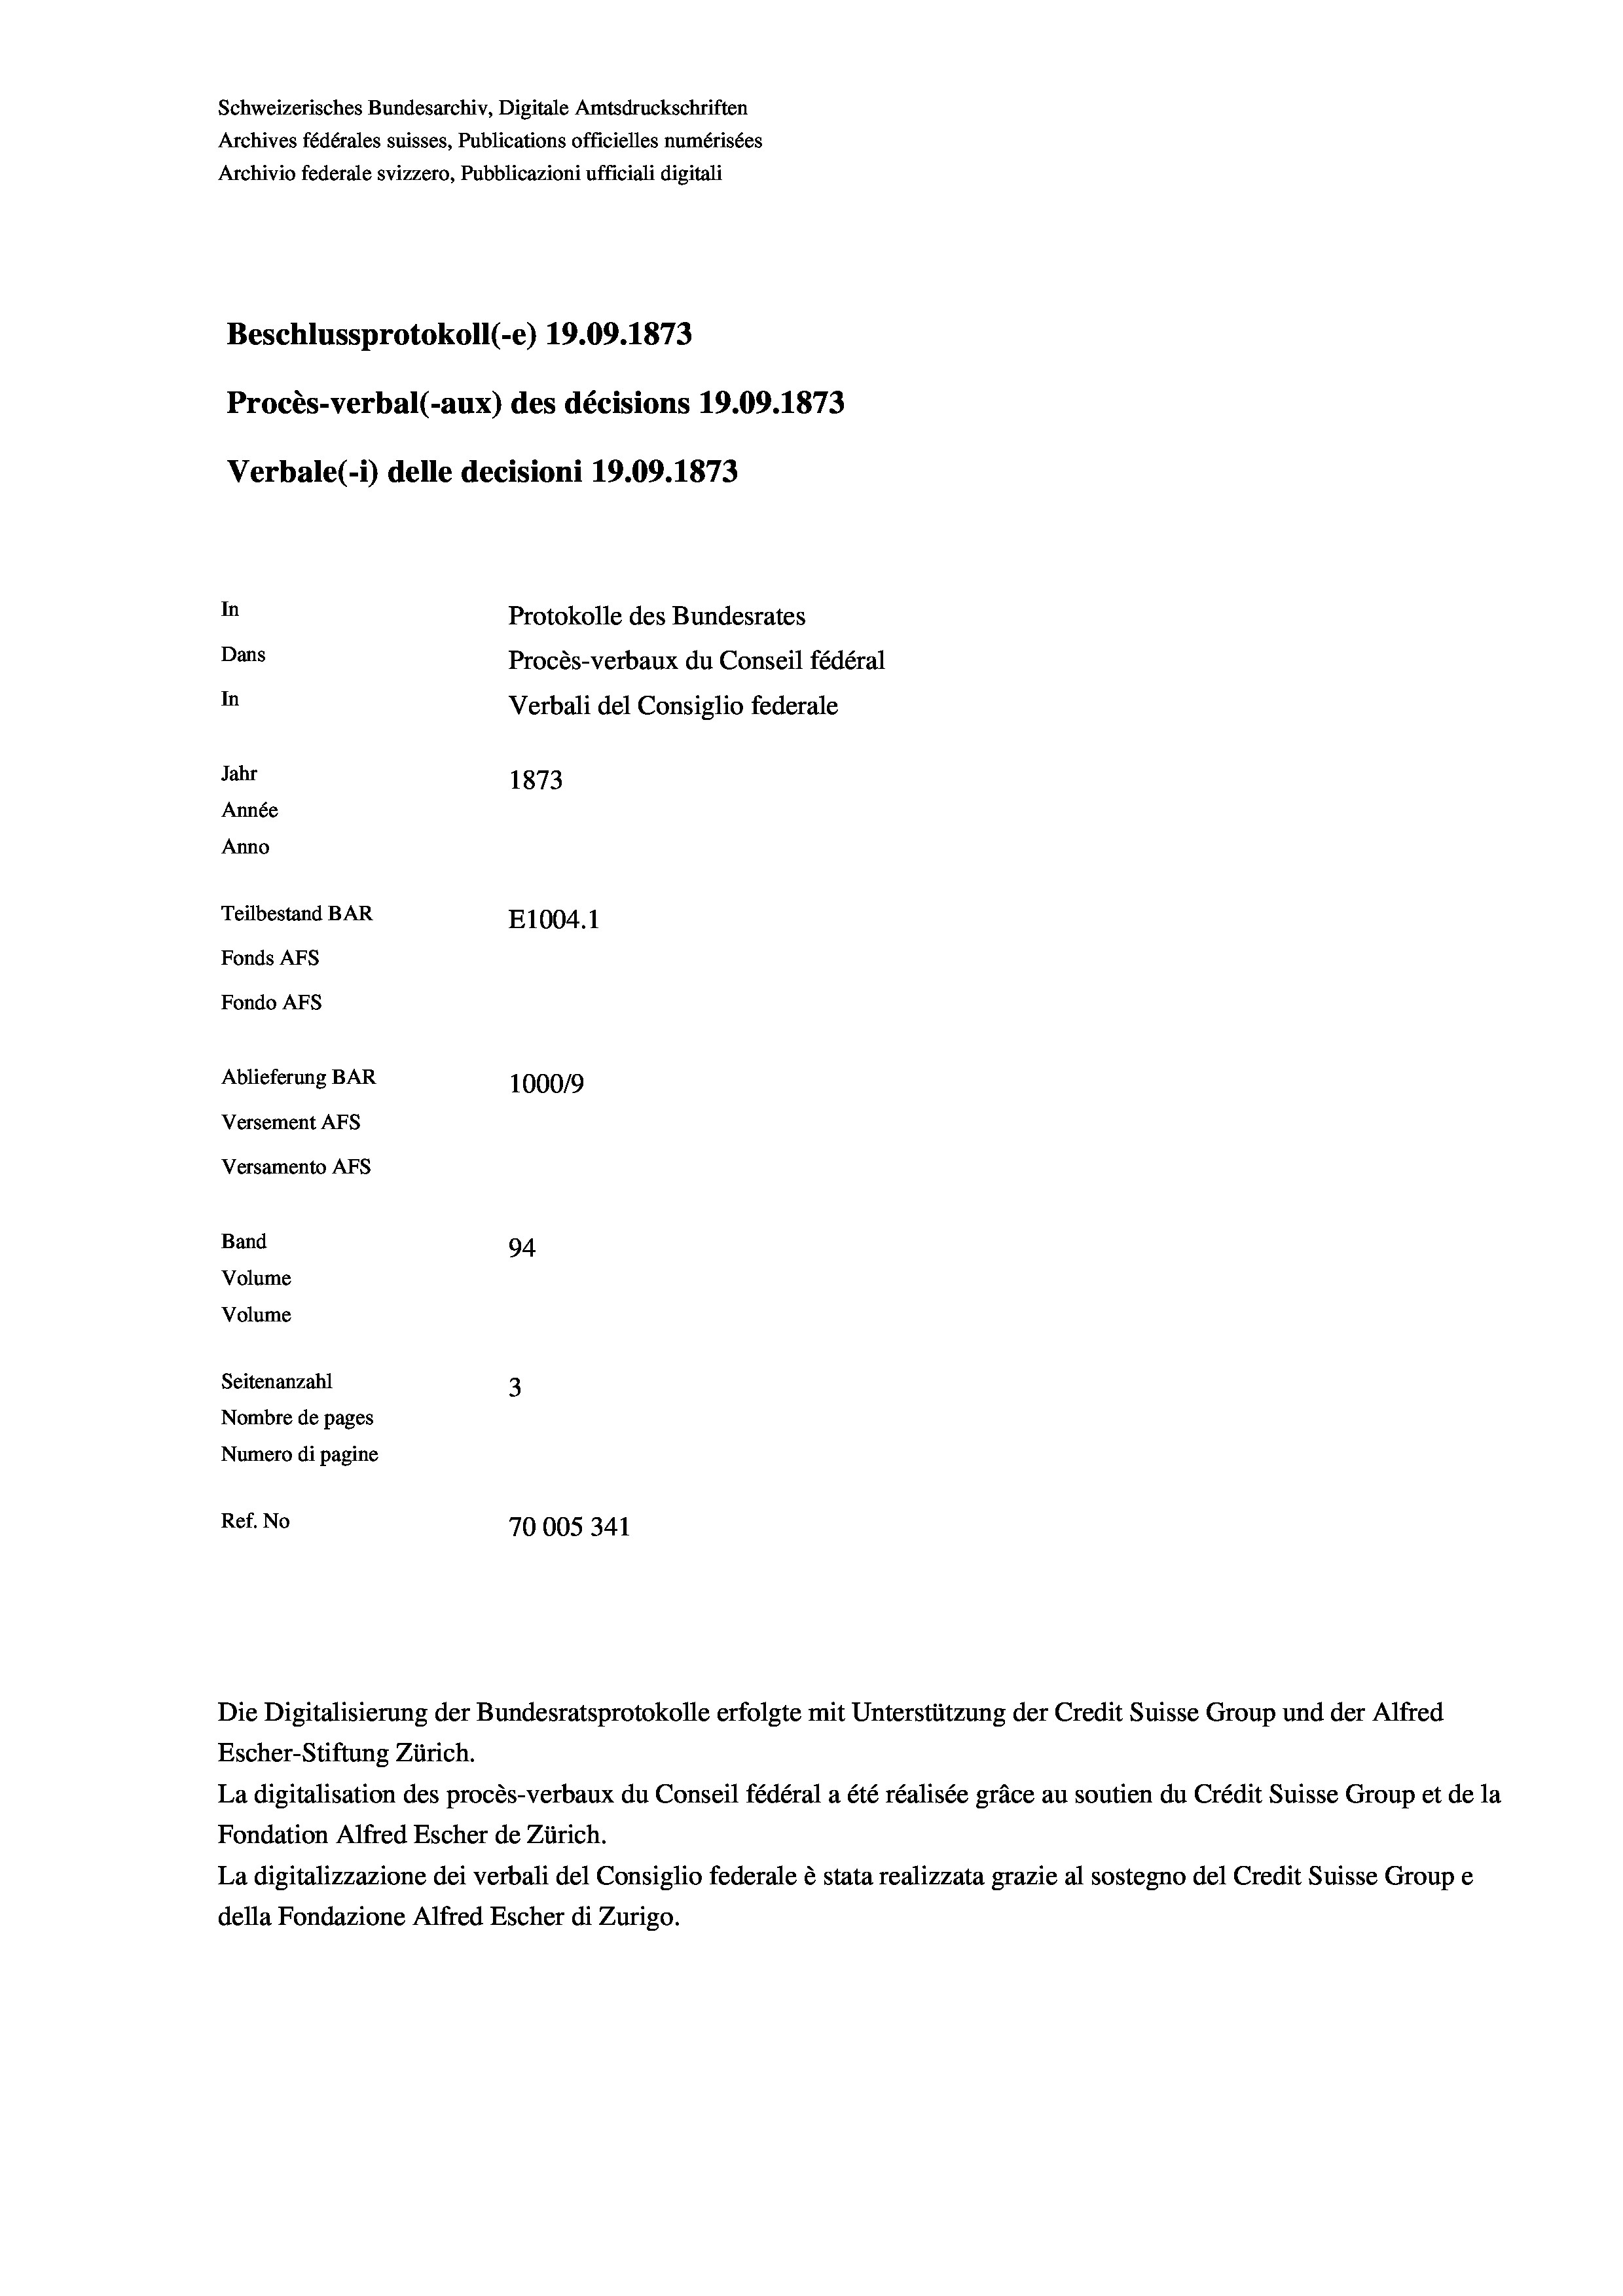
Schweizerisches Bundesarchiv, Digitale Amtsdruckschriften
Archives fédérales suisses, Publications officielles numérisées
Archivio federale svizzero, Pubblicazioni ufficiali digitali
Beschlussprotokoll (-e) 19.09. 1873
Procès-verbal (-aux) des décisions 19.09. 1873
Verbale(*) delle decisioni 19.09. 1873
In
Protokolle des Bundesrates
Dans
Procès-verbaux du Conseil fédéral
In
Verbali del Consiglio federale
Jahr
1873
Année
Anno
Teilbestand BAR
E1004.1
Fonds AFs
Fondo AFs
Ablieferung BAR
100019
Versement Abs
Versamento Afs
Band
94
Volume
Volume

Seitenanzahl
3
Nombre de pages
Numero di pagine
Ref. No
70005341

Escher-Stiftung Zürich.

Die Digitalisierung der Bundesratsprotokolle erfolgte mit Unterstützung der Credit Suisse Group und der Alfred

La digitalisation des procès-verbaux du Conseil fédéral a été réalisée gräce au soutien du Crédit Suisse Group et de la
Fondation Alfred Escher de Zürich.
La digitalizzazione dei verbali del Consiglio federale è stata realizzata grazie al sostegno del Credit Suisse Groupe
della Fondazione Alfred Escher di Zurigo.